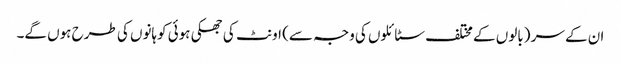
ان کے سر (بالوں کے مختلف سٹائلوں کی وجہ سے) اونٹ کی جھکی ہوئی کوہانوں کی طرح ہوں گے۔